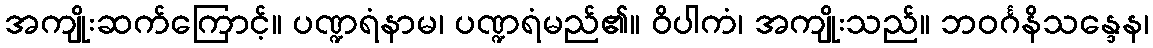
အကျိုးဆက်ကြောင့်။ ပဏ္ဍရံနာမ၊ ပဏ္ဍရံမည်၏။ ဝိပါကံ၊ အကျိုးသည်။ ဘဝင်္ဂနိသန္ဒေန၊